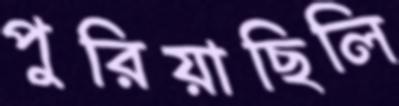
পুরিয়াছিলি